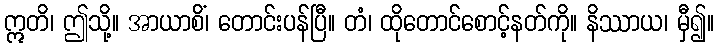
ဣတိ၊ ဤသို့။ အာယာစိံ၊ တောင်းပန်ပြီ။ တံ၊ ထိုတောင်စောင့်နတ်ကို။ နိဿာယ၊ မှီ၍။